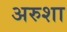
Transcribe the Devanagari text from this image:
अरुशा